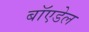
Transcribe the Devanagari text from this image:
बॉएडेल